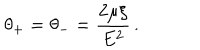
LaTeX: \: \theta _ { + } = \theta _ { - } = \frac { 2 \mu \xi } { E ^ { 2 } } \, . \: